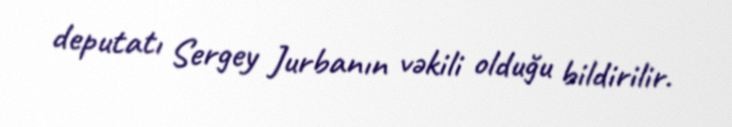
deputatı Sergey Jurbanın vəkili olduğu bildirilir.